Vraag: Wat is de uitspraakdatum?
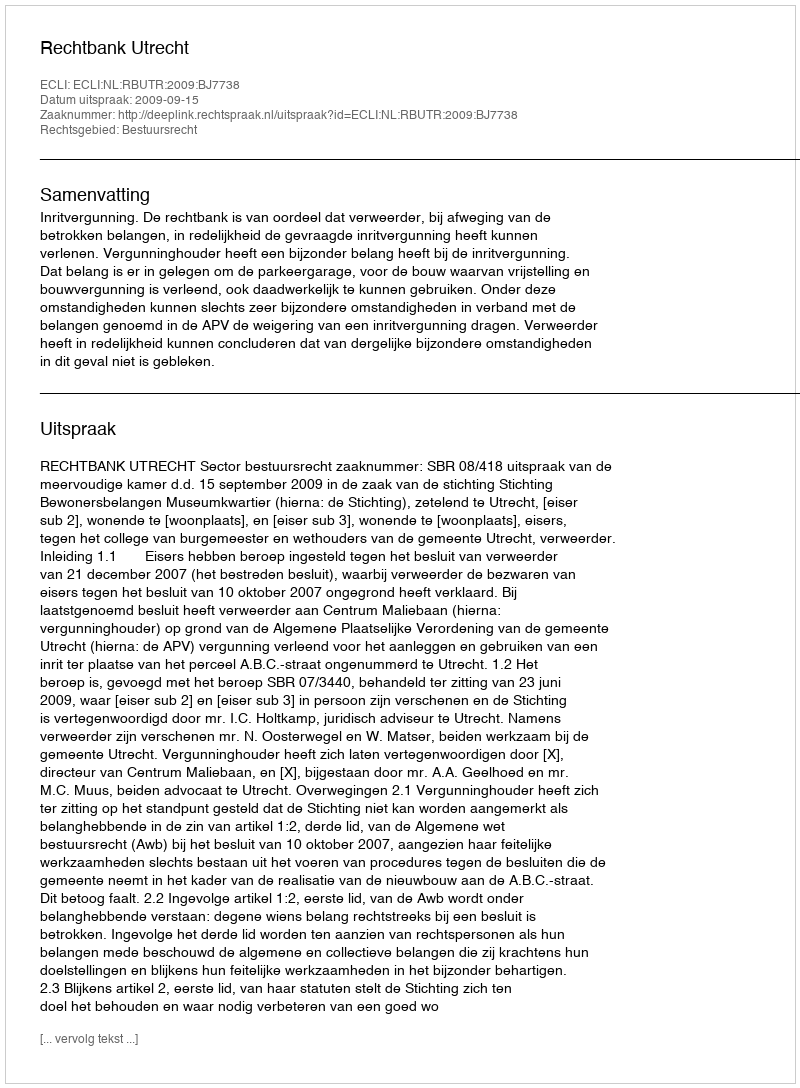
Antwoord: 2009-09-15